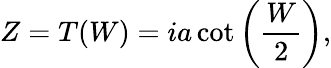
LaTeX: Z=T(W)=ia\cot\left(\frac{W}{2}\right),